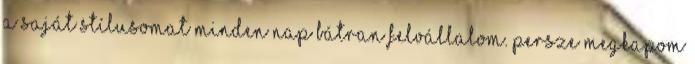
a saját stílusomat minden nap bátran felvállalom. Persze megkapom